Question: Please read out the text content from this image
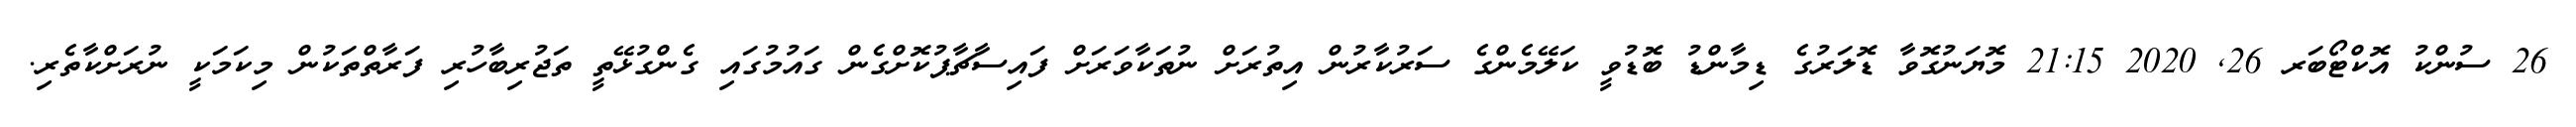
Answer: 26 ސުންކު އޮކްޓޯބަރ 26, 2020 21:15 މޮޔަނުގޮވާ ޑޮލަރުގެ ޑިމާންޑު ބޮޑުވީ ކަލޭމެންގެ ސަރުކާރުން އިތުރަށް ނުތަކާވަރަށް ފައިސާޗާޕުކޮށްގެން ގައުމުގައި ގެންގުޅޭތީ ތަޖުރިބާހުރި ފަރާތްތަކުން މިކަމަކީ ނުރަށްކާތެރި.